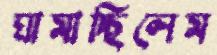
ঘামাচ্ছিলেম